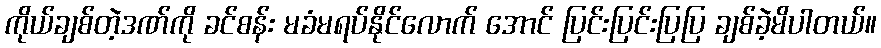
ကိုယ်ချစ်တဲ့ဒဏ်ကို ခင်စန်း မခံမရပ်နိုင်လောက် အောင် ပြင်းပြင်းပြပြ ချစ်ခဲ့မိပါတယ်။